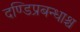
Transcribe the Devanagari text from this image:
दण्डिप्रबन्धाश्च